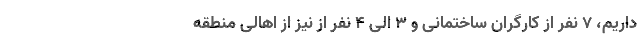
داریم، ۷ نفر از کارگران ساختمانی و ۳ الی ۴ نفر از نیز از اهالی منطقه